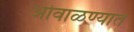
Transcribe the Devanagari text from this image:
ओवाळण्यात